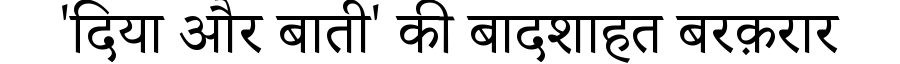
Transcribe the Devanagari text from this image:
'दिया और बाती' की बादशाहत बरक़रार